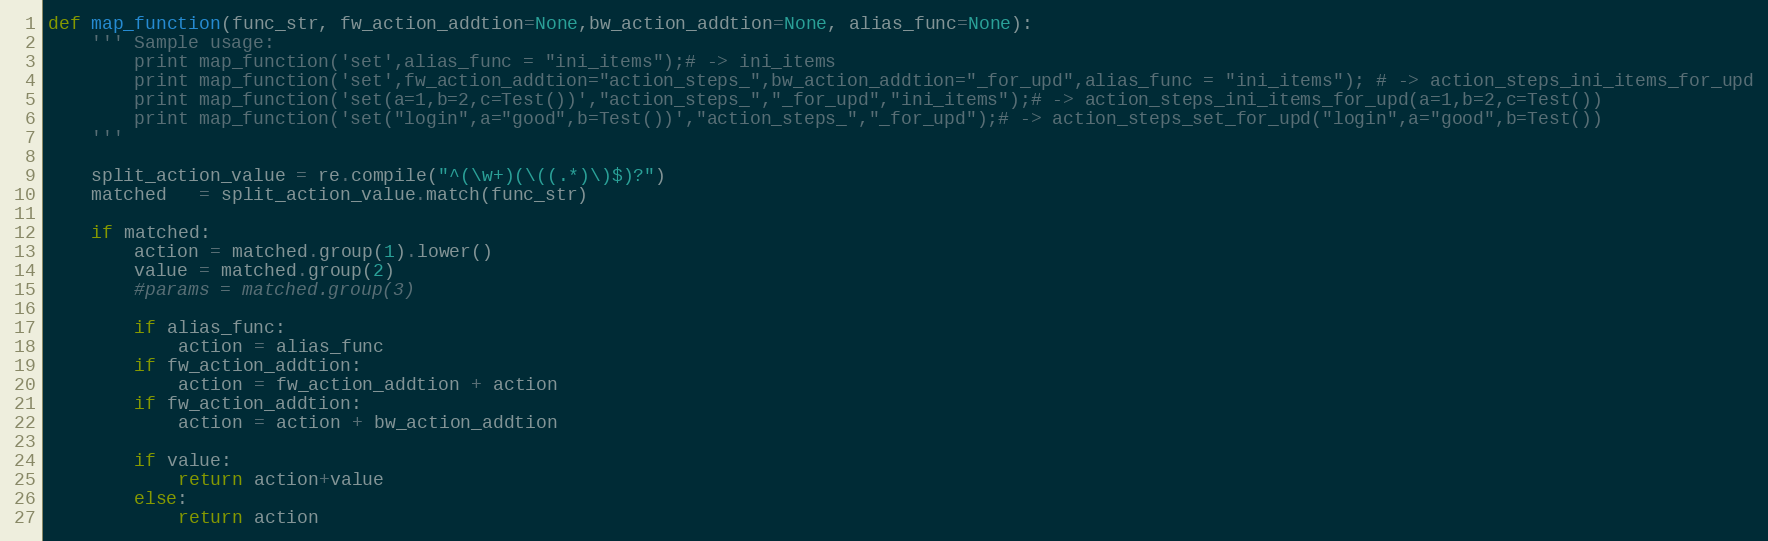
Language: Python
def map_function(func_str, fw_action_addtion=None,bw_action_addtion=None, alias_func=None):
    ''' Sample usage:
        print map_function('set',alias_func = "ini_items");# -> ini_items
        print map_function('set',fw_action_addtion="action_steps_",bw_action_addtion="_for_upd",alias_func = "ini_items"); # -> action_steps_ini_items_for_upd
        print map_function('set(a=1,b=2,c=Test())',"action_steps_","_for_upd","ini_items");# -> action_steps_ini_items_for_upd(a=1,b=2,c=Test())
        print map_function('set("login",a="good",b=Test())',"action_steps_","_for_upd");# -> action_steps_set_for_upd("login",a="good",b=Test())
    '''

    split_action_value = re.compile("^(\w+)(\((.*)\)$)?")
    matched   = split_action_value.match(func_str)

    if matched:
        action = matched.group(1).lower()
        value = matched.group(2)
        #params = matched.group(3)

        if alias_func:
            action = alias_func
        if fw_action_addtion:
            action = fw_action_addtion + action
        if fw_action_addtion:
            action = action + bw_action_addtion

        if value:
            return action+value
        else:
            return action